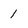
Character: 1